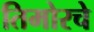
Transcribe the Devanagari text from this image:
तिमोरचे